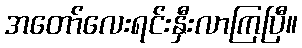
အတော်လေးရင်းနှီးလာကြပြီ။